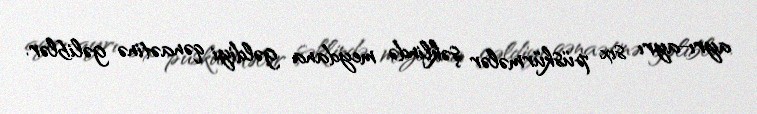
ayrı-ayrı sıx püskürmələr şəklində meydana gəldiyi qənaətinə gəliblər.